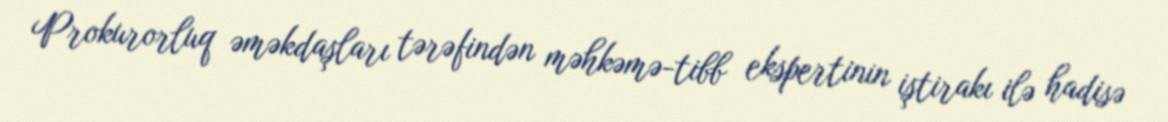
Prokurorluq əməkdaşları tərəfindən məhkəmə-tibb ekspertinin iştirakı ilə hadisə